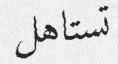
تستاهل